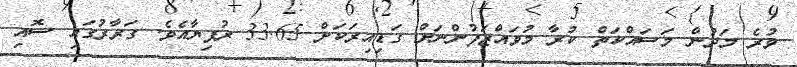
ވުރެ މަދުން މަސައްކަތް ކުރާ މުވައްޒަފުންނަށް ގަޑިއިރަކަށް 33.65 ރުފިޔާއެވެ. ގަރާރުގައި ސޮއި